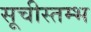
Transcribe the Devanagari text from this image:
सूचीस्तम्भ